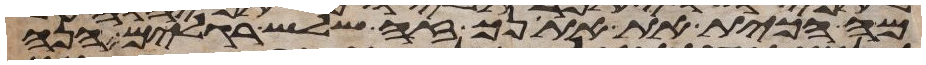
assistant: מה הכית את אתנך זה שלש רגלים הנה